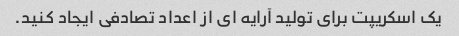
یک اسکریپت برای تولید آرایه ای از اعداد تصادفی ایجاد کنید.